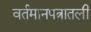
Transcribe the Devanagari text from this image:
वर्तमानपत्रातली